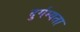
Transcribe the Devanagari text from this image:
दुर्गम्यता